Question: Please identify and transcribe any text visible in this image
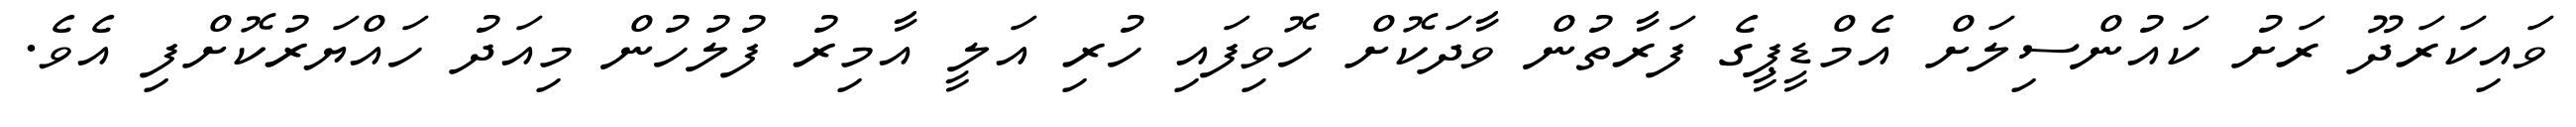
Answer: ވައިކަރަދޫ ރަށު ކައުންސިލަށް އެމްޑީޕީގެ ފަރާތުން ވާދަކޮށް ހޮވިފައި ހުރި އަލީ އާމިރު ފުލުހުން މިއަދު ހައްޔަރުކޮށްފި އެވެ.